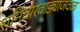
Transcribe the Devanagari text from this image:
शनिवारवाड्याजवळ